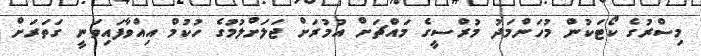
މިސްރުގެ ކޯޓަކުން މުހަންމަދު މުރްސީގެ މައްޗަށް އުމުރަށް ޖަލަށްލުމުގެ ހުކުމް އިއްވާފައިވަނީ ގަތަރަށް